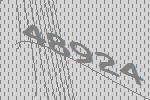
48924